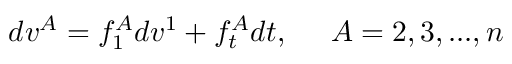
d v ^ { A } = f _ { 1 } ^ { A } d v ^ { 1 } + f _ { t } ^ { A } d t , \; \; \; \; \; A = 2 , 3 , . . . , n